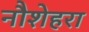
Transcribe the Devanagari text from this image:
नौशेहरा